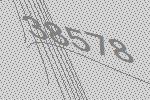
38578